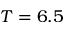
T = 6 . 5